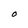
Character: O